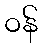
ဝန်